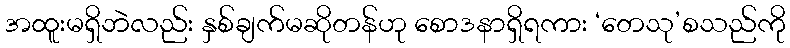
အထူးမရှိဘဲလည်း နှစ်ချက်မဆိုတန်ဟု စောဒနာရှိရကား ‘တေသု’စသည်ကို